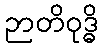
ဉာတိဝုဒ္ဓိ